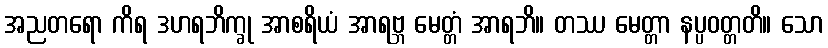
အညတရော ကိရ ဒဟရဘိက္ခု အာစရိယံ အာရဗ္ဘ မေတ္တံ အာရဘိ။ တဿ မေတ္တာ နပ္ပဝတ္တတိ။ သော